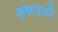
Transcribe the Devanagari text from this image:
ह्वदनी